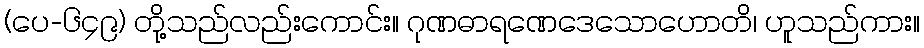
(ပေ-၆၄၉) တို့သည်လည်းကောင်း။ ဂုဏဓာရဏေဒေသောဟောတိ၊ ဟူသည်ကား။